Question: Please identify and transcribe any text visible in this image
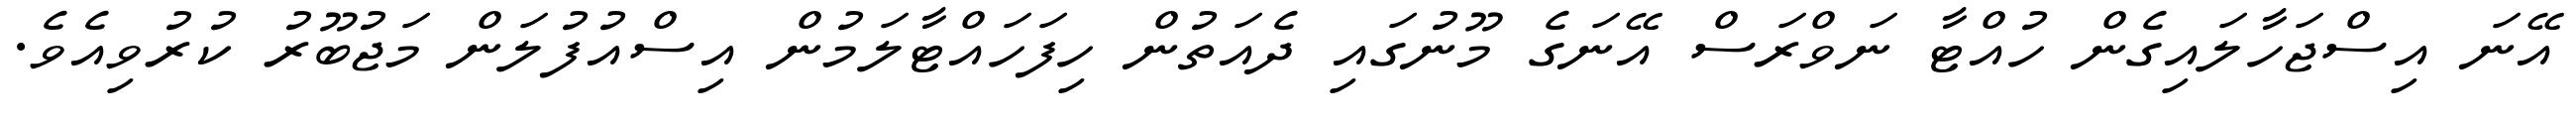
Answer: އޭނަ އިސްޖަހާލައިގެން ހުއްޓާ ނަވްރަސް އޭނަގެ މޫނުގައި ދެއަތުން ހިފަހައްޓާލަމުން އިސްއުފުލަން މަޖުބޫރު ކުރުވިއެވެ.